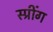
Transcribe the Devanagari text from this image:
स्प्रींग